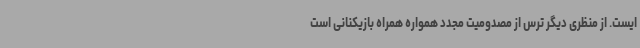
ایست. از منظری دیگر ترس از مصدومیت مجدد همواره همراه بازیکنانی است